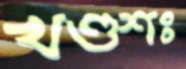
খণ্ডশঃ